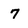
Character: 7